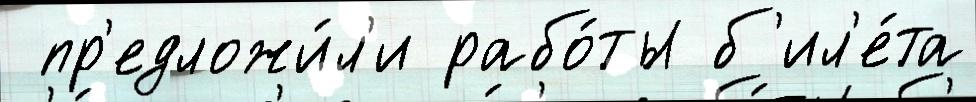
 пр'едложи́л'и рабо́ты б'ил'е́та